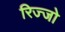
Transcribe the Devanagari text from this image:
रिज्‍जो